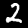
Digit: 2